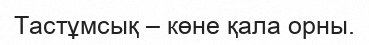
Тастұмсық – көне қала орны.